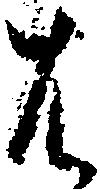
は